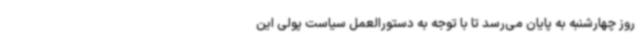
روز چهارشنبه به پایان می‌رسد تا با توجه به دستورالعمل سیاست پولی این